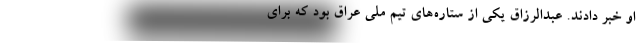
او خبر دادند. عبدالرزاق یکی از ستاره‌های تیم ملی عراق بود که برای